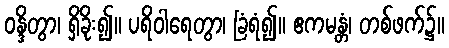
ဝန္ဒိတွာ၊ ရှိခိုး၍။ ပရိဝါရေတွာ၊ ခြံရံ၍။ ဧကမန္တံ၊ တစ်ဖက်၌။